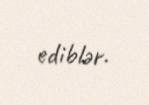
ediblər.